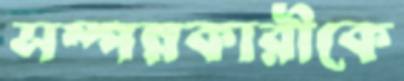
সম্পন্নকারীকে